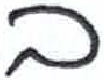
אות: ב